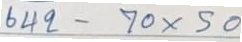
642 - 70 x 50